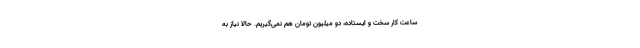
ساعت کار سخت و ایستاده، دو میلیون تومان هم نمی‌گیریم. حالا نیاز به